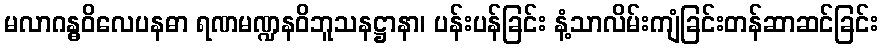
မလာဂန္ဓဝိလေပနဓာ ရဏမဏ္ဍနဝိဘူသနဋ္ဌာနာ၊ ပန်းပန်ခြင်း နံ့သာလိမ်းကျံခြင်းတန်ဆာဆင်ခြင်း